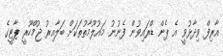
އާރިފް ވިދާޅުވީ އެ ޕެން ޑްރައިވުން ފެނުނު މައުލޫމާތުތަކަށް ބަލާއިރު ޖުމްހޫރީ ޕާޓީގެ